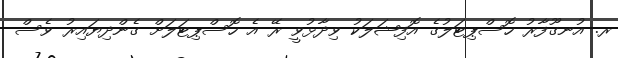
ރ. އުނގޫފާރު ހޮސްޕިޓަލުގެ އޮފިޝަލަކު ވިދާޅުވީ ރޭ އެ ހޮސްޕިޓަލަށް ގެންދިޔައިރު ވެސް